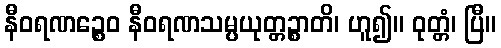
နီဝရဏဉ္စေဝ နီဝရဏသမ္ပယုတ္တဉ္စာတိ၊ ဟူ၍။ ဝုတ္တံ၊ ပြီ။